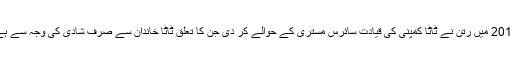
2012 میں رتن نے ٹاٹا کمپنی کی قیادت سائرس مستری کے حوالے کر دی جن کا تعلق ٹاٹا خاندان سے صرف شادی کی وجہ سے ہے۔